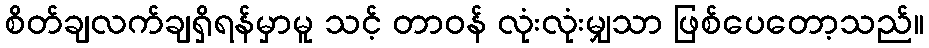
စိတ်ချလက်ချရှိရန်မှာမူ သင့် တာဝန် လုံးလုံးမျှသာ ဖြစ်ပေတော့သည်။